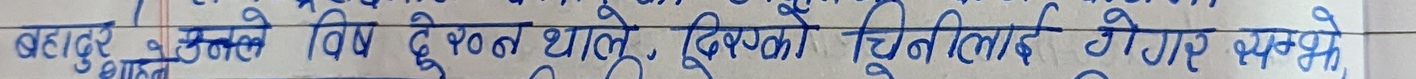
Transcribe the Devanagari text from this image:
बहादुर मल्लले विषय दुःखले यसको चिन्ता गर्नु भयो।